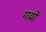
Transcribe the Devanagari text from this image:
गयों